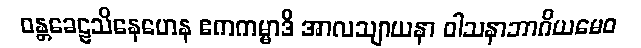
ဝန္တခေဠသိနေဟေန ဧကကမ္မာဒိ အာလသျာယနာ ဝါသနာဘာဂိယမေဝ